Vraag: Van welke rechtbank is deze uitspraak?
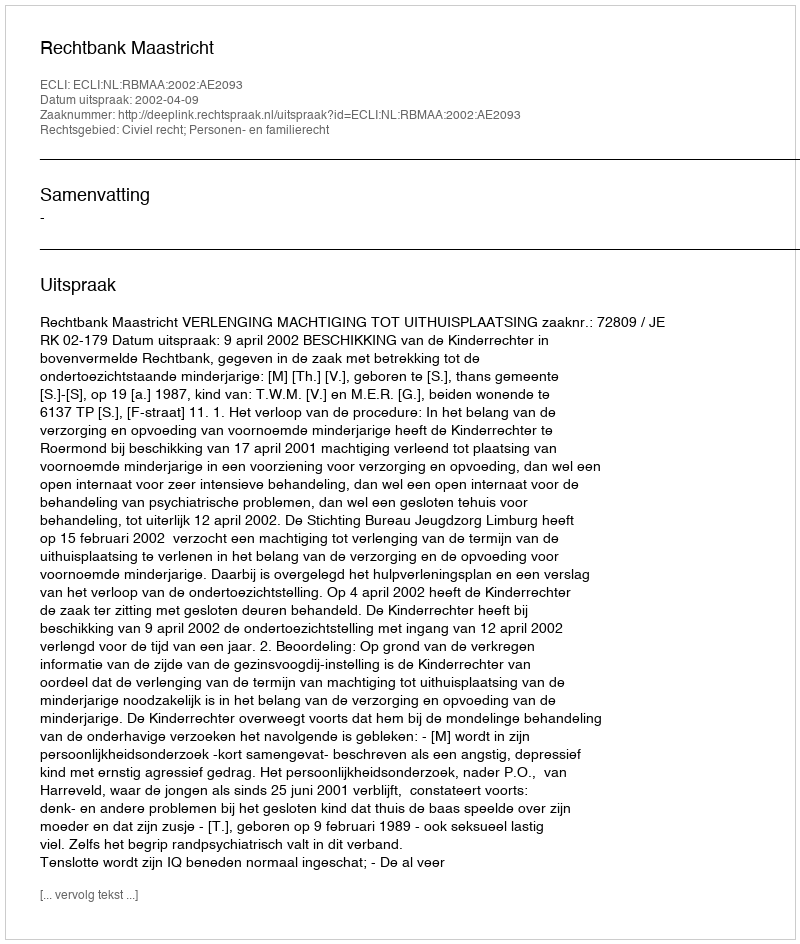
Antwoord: Rechtbank Maastricht